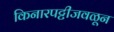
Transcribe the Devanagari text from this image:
किनारपट्टीजवळून